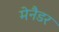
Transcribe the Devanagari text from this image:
मेनैडर